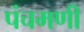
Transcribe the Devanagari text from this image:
पंचमणी